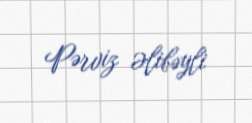
Pərviz Əlibəyli